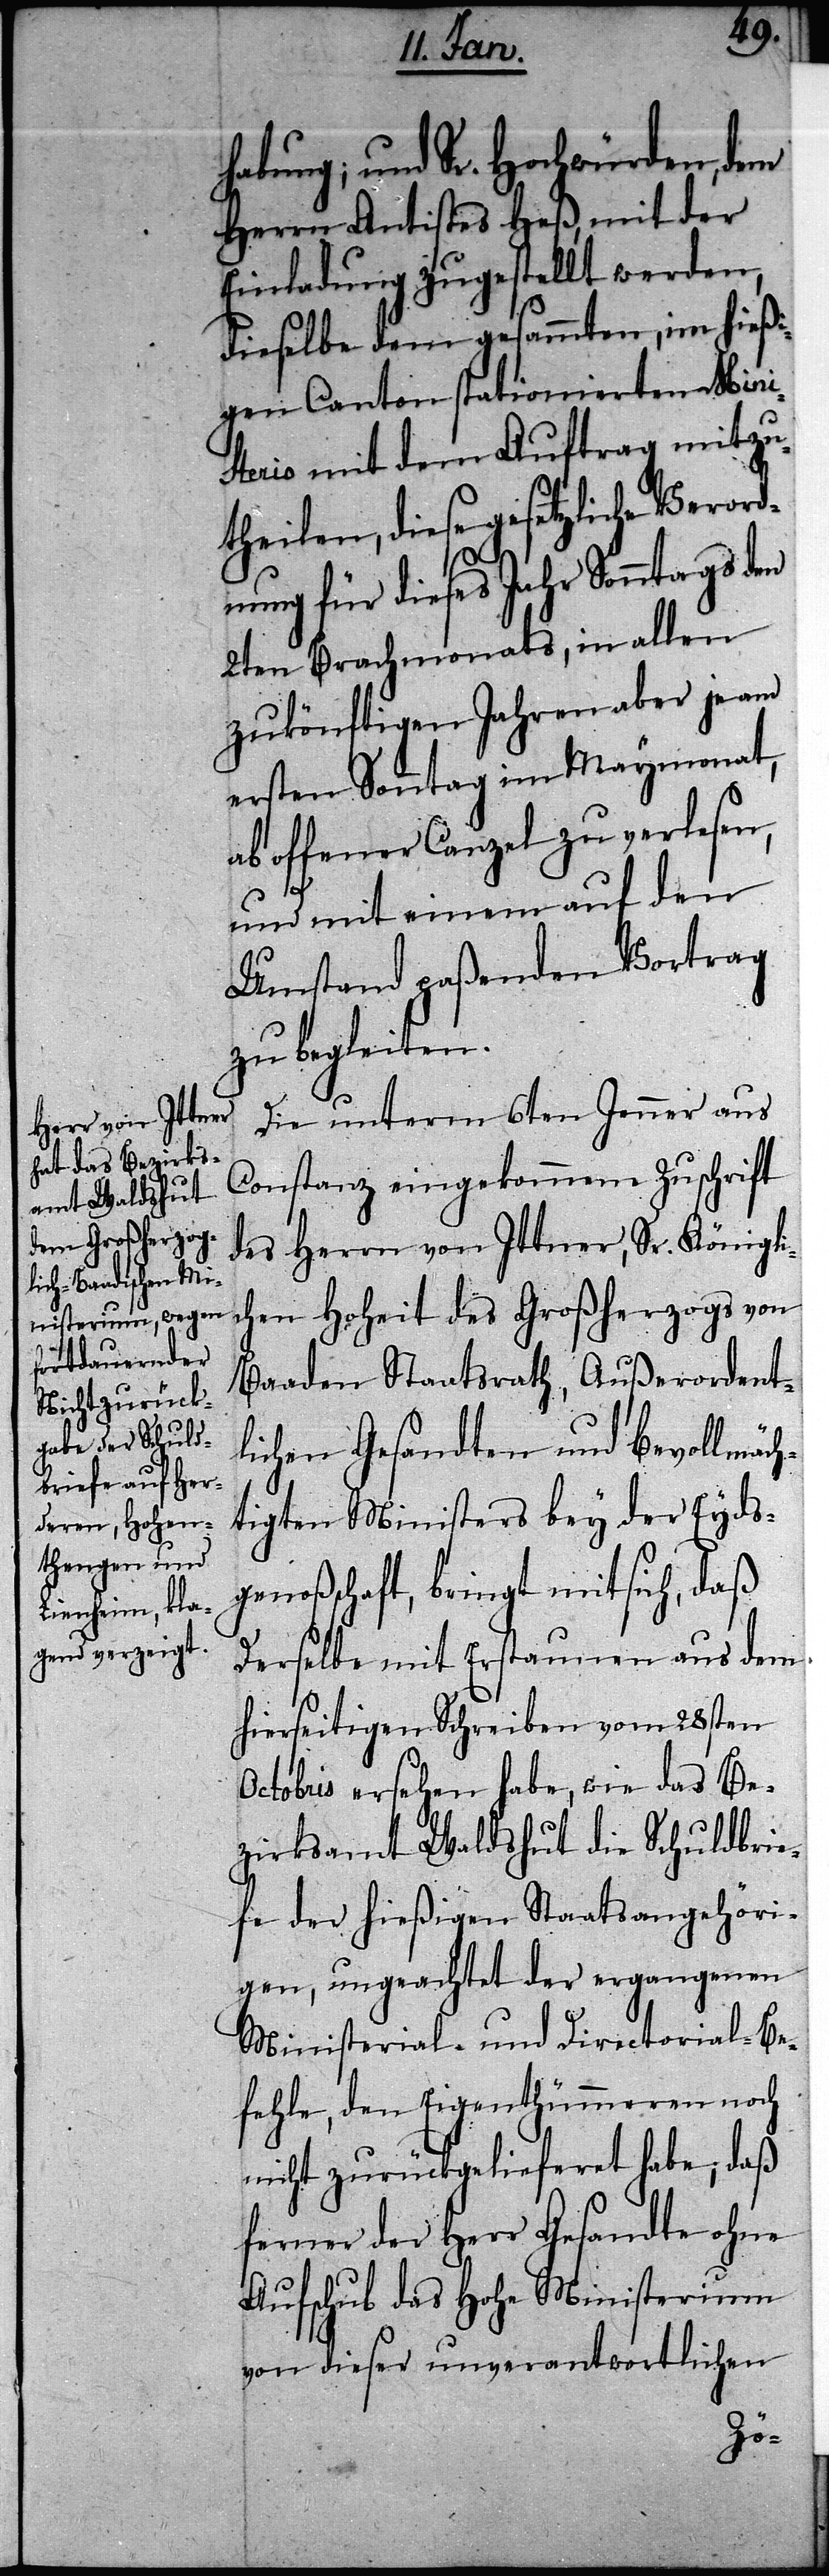
habung; und Sr. Hochwürden, dem
Herren Antistes Heß, mit der
Einladung zugestellt werden,
dieselbe dem gesammten, im hießi¬
gen Canton stationierten Mini¬
sterio mit dem Auftrag mitzu¬
theilen, diese gesetzliche Verord¬
nung für dieses Jahr Sonntags den
2ten Brachmonats, in allen
zukönftigen Jahren aber je am
ersten Sonntag im Maymonat,
ab offener Canzel zu verlesen,
und mit einem auf den
Umstand paßenden Vortrag
zu begleiten.
Die unterm 6ten Jenner aus
Constanz eingekommene Zuschrift
des Herrn von Ittner, Sr. Königli¬
chen Hoheit des Großherzogs von
Baaden Staatsrath, Außerordent¬
lichen Gesandten und Bevollmäch¬
tigten Ministers bey der Eyds¬
genoßschaft, bringt mit sich, daß
Derselbe mit Erstaunen aus dem
hierseitigen Schreiben vom 28sten
Octobris ersehen habe, wie das Be¬
zirksamt Waldshut die Schuldbrie¬
fe der hießigen Staatsangehöri¬
gen, ungeachtet der ergangenen
Ministerial- und Directorial-Be¬
fehle, den Eigenthümmeren noch
nicht zurückgelieferet habe; daß
ferner der Herr Gesandte ohne
Aufschub das Hohe Ministerium
von dieser unverantwortlichen